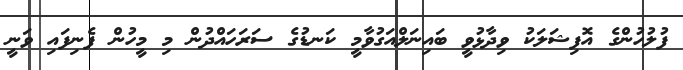
ފުލުހުންގެ އޮފިޝަލަކު ވިދާޅުވީ ބައިނަލްއަގުވާމީ ކަނޑުގެ ސަރަހައްދުން މި މީހުން ފެނިފައި ވަނީ